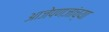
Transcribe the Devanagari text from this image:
आजेपणजांच्या